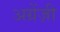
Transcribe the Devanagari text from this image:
अग्रेंज़ी